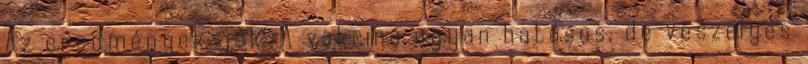
Az eredmények jók. A vakcina ugyan hatásos, de veszélyes